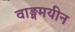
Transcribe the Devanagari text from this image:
वाङ्ममयीन